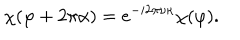
\chi ( \varphi + 2 \pi \alpha ) = e ^ { - i 2 \pi \nu \kappa } \chi ( \varphi ) .